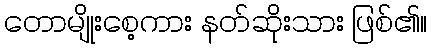
တောမျိုးစေ့ကား နတ်ဆိုးသား ဖြစ်၏။